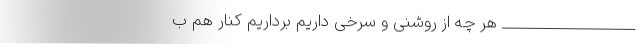
___________________ هر چه از روشنی و سرخی داریم برداریم کنار هم ب